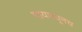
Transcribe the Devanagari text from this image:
पायमधूनच